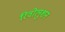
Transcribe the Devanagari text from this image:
रिवोलुशन